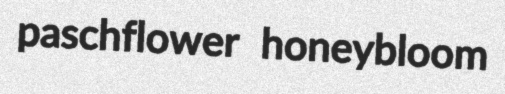
paschflower honeybloom